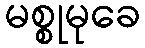
မစ္စုမုခေ